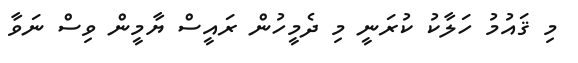
މި ޤައުމު ހަލާކު ކުރަނީ މި ދެމީހުން ރައީސް ޔާމީން ވިސް ނަވާ